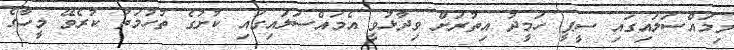
މިމައްސަލައިގައި ސީޕީ ހަމީދު އިތުރަށް ވިދާޅުވީ އެމައްސަލައިގައި ކުށުގެ ތުހުމަތު ކުރެވޭ މީހާގެ